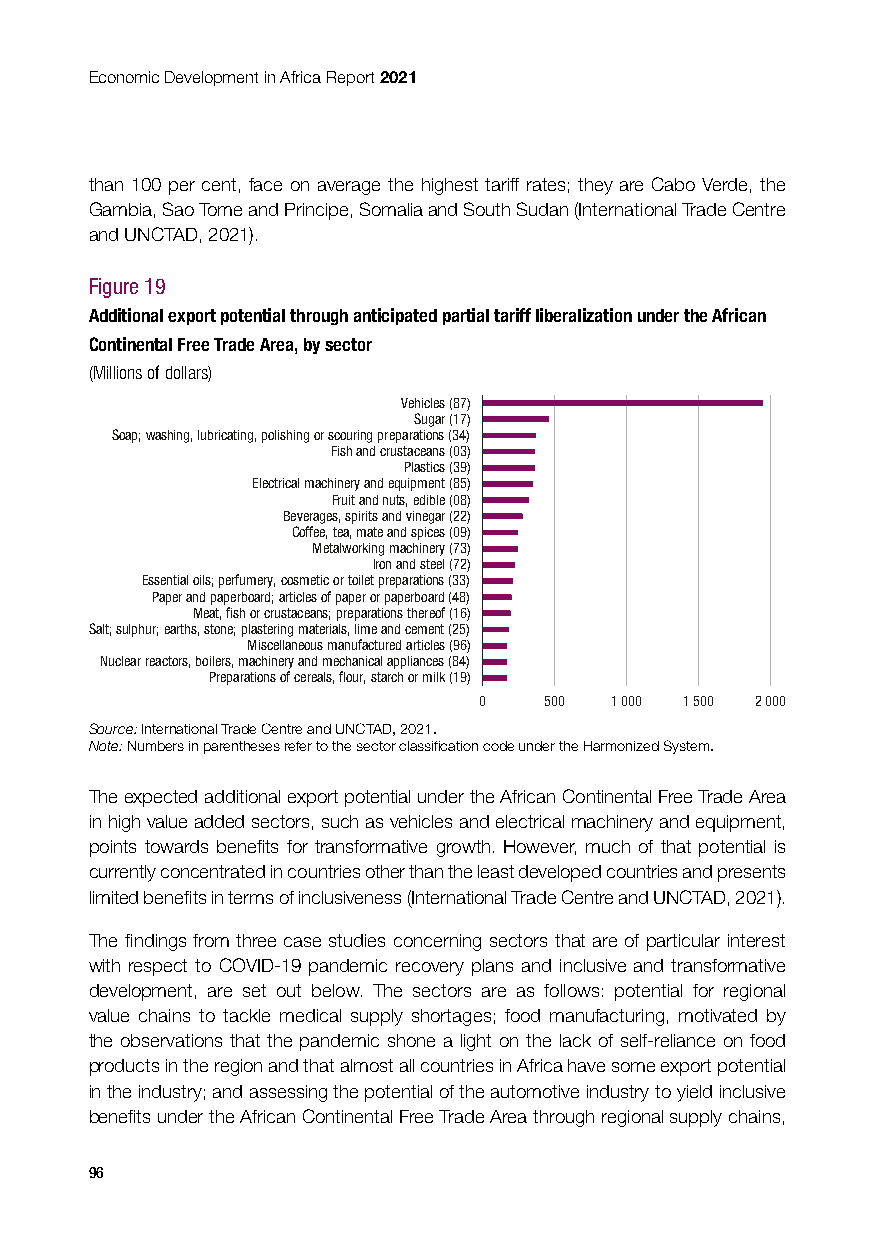
Economic Development in Africa Report 2021
 than 100 per cent, face on average the highest tariff rates; they are Cabo Verde, the
 Gambia, Sao Tome and Principe, Somalia and South Sudan (International Trade Centre
 and UNCTAD, 2021).
 Figure 19
 Additional export potential through anticipated partial tariff liberalization under the African
 Continental Free Trade Area, by sector
 (Millions of dollars)
 Vehicles (87)
 Sugar (17)
 Soap; washing, lubricating, polishing or scouring preparations (34)
 Fish and crustaceans (03)
 Plastics (39)
 Electrical machinery and equipment (85)
 Fruit and nuts, edible (08)
 Beverages, spirits and vinegar (22)
 Coffee, tea, mate and spices (09)
 Metalworking machinery (73)
 Iron and steel (72)
 Essential oils; perfumery, cosmetic or toilet preparations (33)
 Paper and paperboard; articles of paper or paperboard (48)
 Meat, fish or crustaceans; preparations thereof (16)
 Salt; sulphur; earths, stone; plastering materials, lime and cement (25)
 Miscellaneous manufactured articles (96)
 Nuclear reactors, boilers, machinery and mechanical appliances (84)
 Preparations of cereals, flour, starch or milk (19)
 0   500 1 000 1 500 2 000
 Source: International Trade Centre and UNCTAD, 2021.
 Note: Numbers in parentheses refer to the sector classification code under the Harmonized System.
 The expected additional export potential under the African Continental Free Trade Area
 in high value added sectors, such as vehicles and electrical machinery and equipment,
 points towards benefits for transformative growth. However, much of that potential is
 currently concentrated in countries other than the least developed countries and presents
 limited benefits in terms of inclusiveness (International Trade Centre and UNCTAD, 2021).
 The findings from three case studies concerning sectors that are of particular interest
 with respect to COVID-19 pandemic recovery plans and inclusive and transformative
 development, are set out below. The sectors are as follows: potential for regional
 value chains to tackle medical supply shortages; food manufacturing, motivated by
 the observations that the pandemic shone a light on the lack of self-reliance on food
 products in the region and that almost all countries in Africa have some export potential
 in the industry; and assessing the potential of the automotive industry to yield inclusive
 benefits under the African Continental Free Trade Area through regional supply chains,
 96